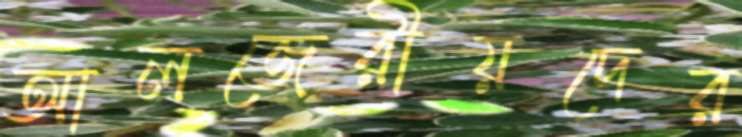
আলজেরীয়দের